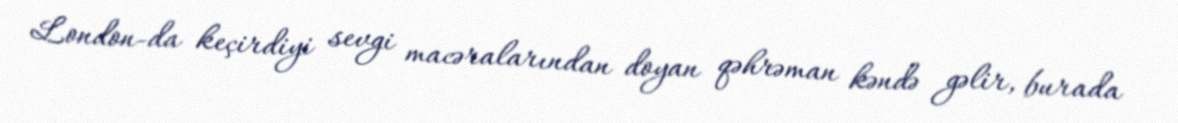
London-da keçirdiyi sevgi macəralarından doyan qəhrəman kəndə gəlir, burada